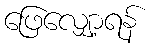
ဖြေလျှော့ရန်